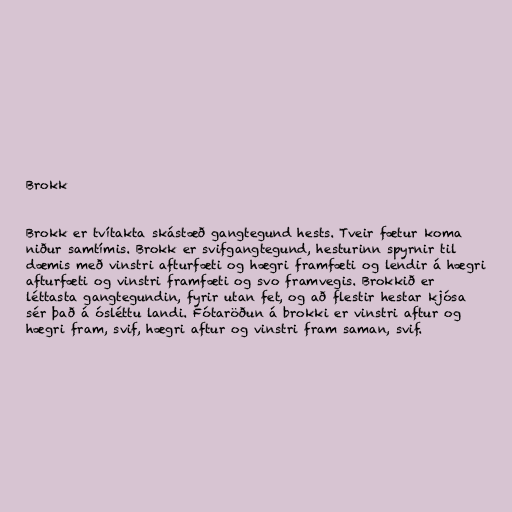
Brokk

Brokk er tvítakta skástæð gangtegund hests. Tveir fætur koma
niður samtímis. Brokk er svifgangtegund, hesturinn spyrnir til
dæmis með vinstri afturfæti og hægri framfæti og lendir á hægri
afturfæti og vinstri framfæti og svo framvegis. Brokkið er
léttasta gangtegundin, fyrir utan fet, og að flestir hestar kjósa
sér það á ósléttu landi. Fótaröðun á brokki er vinstri aftur og
hægri fram, svif, hægri aftur og vinstri fram saman, svif.